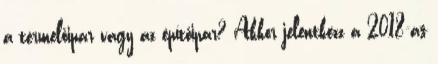
a termelőipar vagy az építőipar? Akkor jelentkezz a 2018-as